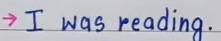
-> I was reading .